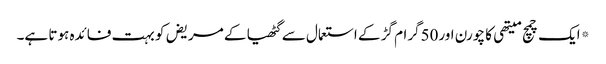
*ایک چمچ میتھی کا چورن اور50گرام گڑ کے استعمال سے گٹھیا کے مریض کو بہت فائدہ ہوتا ہے۔